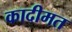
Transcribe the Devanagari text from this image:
कादीमत